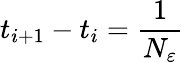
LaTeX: t_{i+1}-t_{i}=\frac{1}{N_{\varepsilon}}